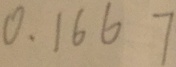
0 . 1 6 6 7